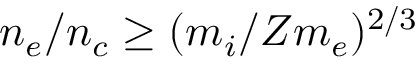
n _ { e } / n _ { c } \geq ( m _ { i } / Z m _ { e } ) ^ { 2 / 3 }